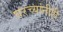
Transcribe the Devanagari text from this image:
घरच्यांनीही